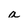
Character: a